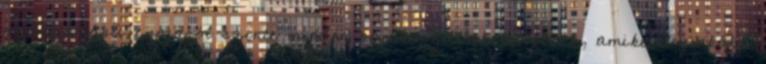
származású csajáról szinte minden nap készülnek lesifotók, amiket leginkább